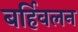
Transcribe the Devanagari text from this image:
बर्हिवलन